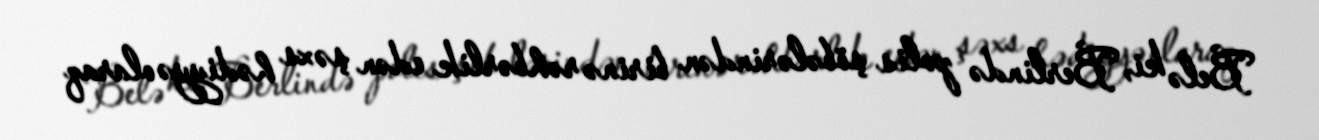
Belə ki, Berlində polis şöbələrindən birinə rəhbərlik edən şəxs hədiyyə olaraq